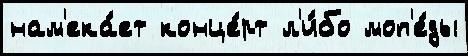
нам'ека́ет конце́рт л'и́бо моп'е́ды